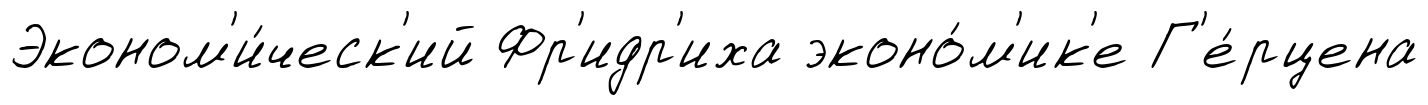
Эконом'и́ческ'ий Фр'идр'иха эконо́м'ик'е Г'е́рцена